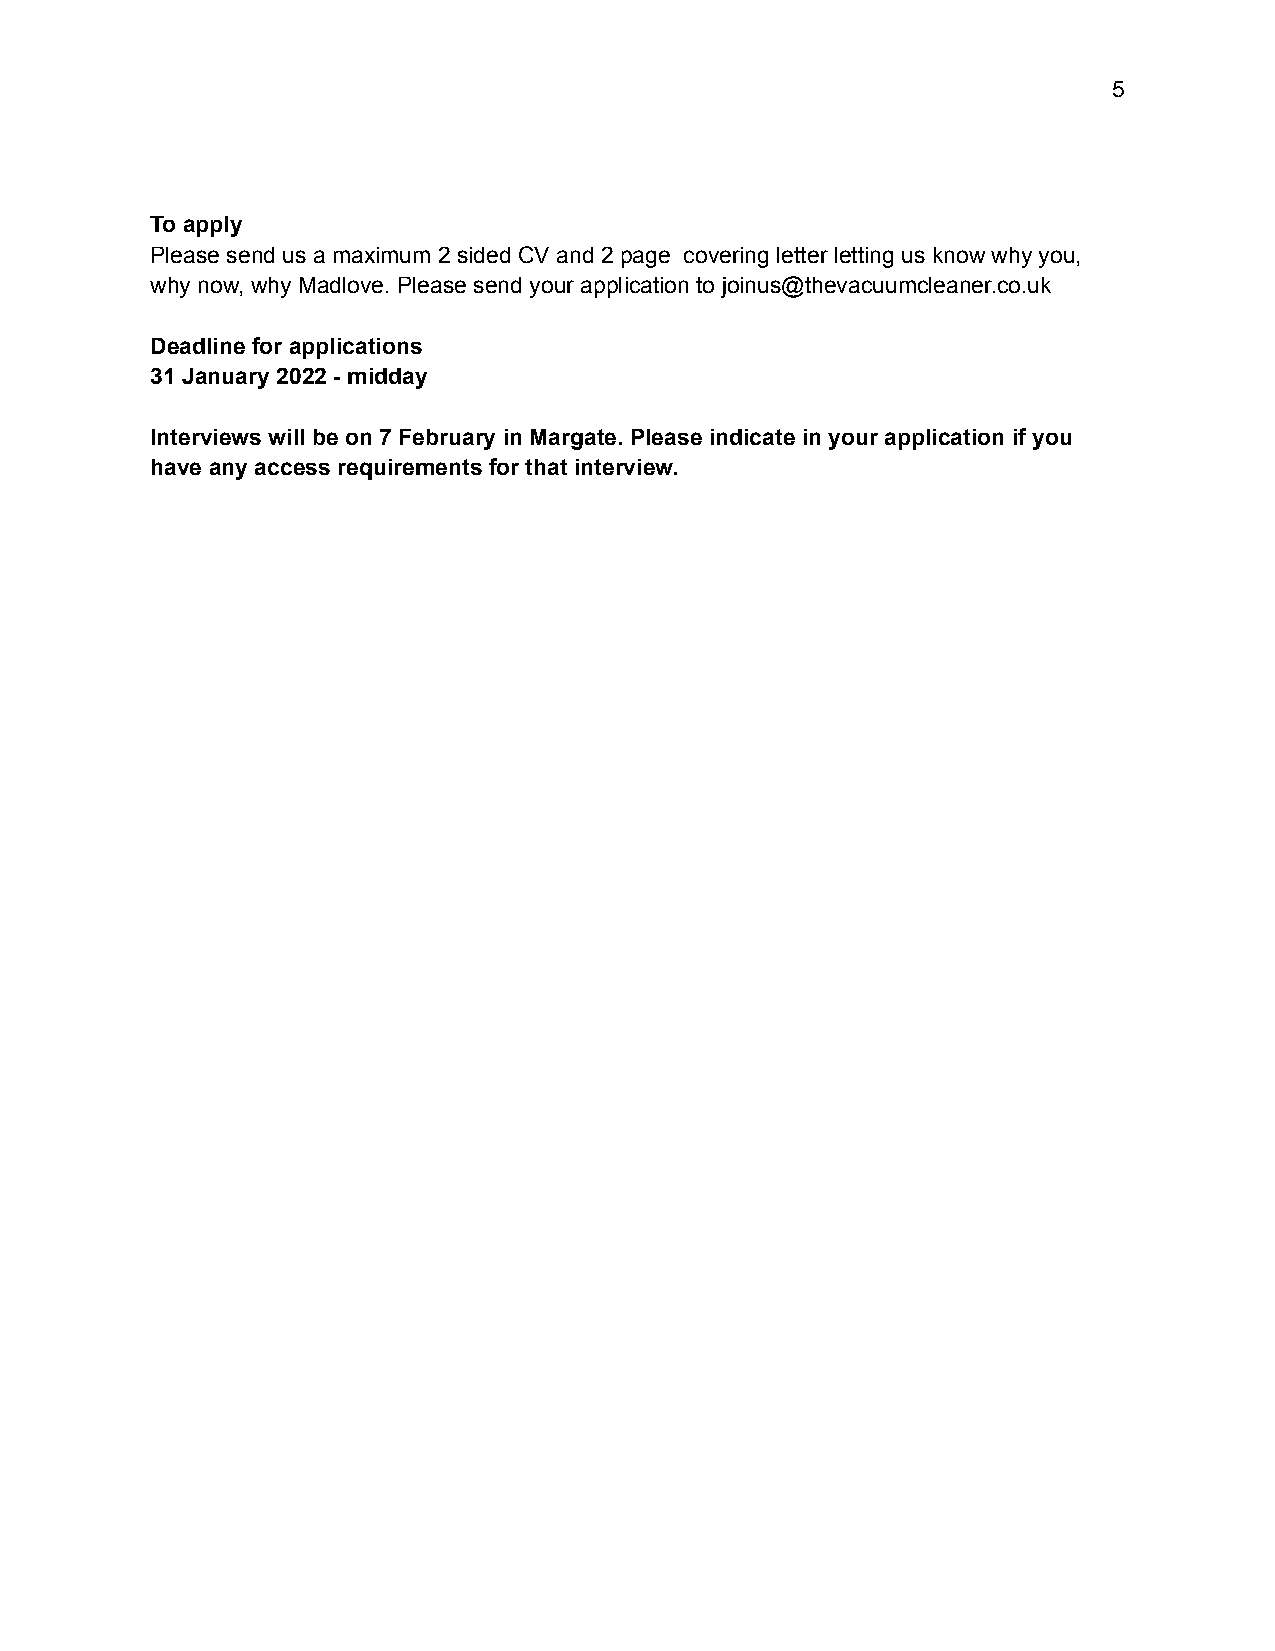
5
 To apply
 Please send us a maximum 2 sided CV and 2 page covering letter letting us know why you,
 why now, why Madlove. Please send your application to joinus@thevacuumcleaner.co.uk
 Deadline for applications
 31 January 2022 - midday
 Interviews will be on 7 February in Margate. Please indicate in your application if you
 have any access requirements for that interview.